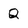
Character: Q